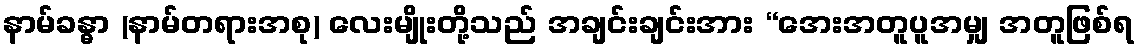
နာမ်ခန္ဓာ (နာမ်တရားအစု) လေးမျိုးတို့သည် အချင်းချင်းအား “အေးအတူပူအမျှ အတူဖြစ်ရ